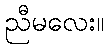
ညီမလေး။